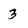
Character: 3